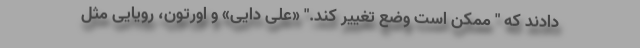
دادند که " ممکن است وضع تغییر کند." «علی دایی» و اورتون، رویایی مثل